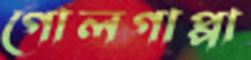
গোলগাপ্পা